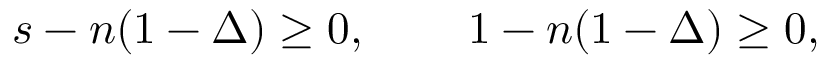
s - n ( 1 - \Delta ) \geq 0 , \, \, \, \, \, \, \, \, \, \, \, \, \, 1 - n ( 1 - \Delta ) \geq 0 ,